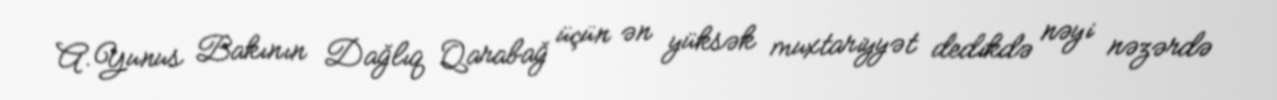
A.Yunus Bakının Dağlıq Qarabağ üçün ən yüksək muxtariyyət dedikdə nəyi nəzərdə